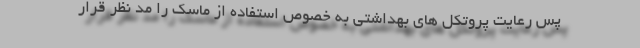
پس رعایت پروتکل های بهداشتی به خصوص استفاده از ماسک را مد نظر قرار